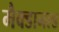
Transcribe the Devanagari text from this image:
मैक्डानल्ड